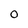
Character: 0